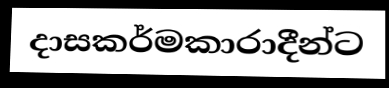
දාසකර්මකාරාදීන්ට